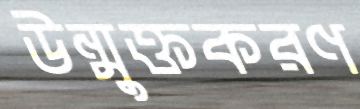
উন্মুক্তকরণ